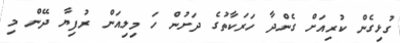
ގުޅިގެން ކުރިއަށް ގެންދާ ހަރަކާތުގެ ދަށުން ހަ މިލިއަން ރުފިޔާ ދޭން މި